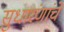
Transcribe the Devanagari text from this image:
सुधारंणांचे